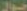
جوال